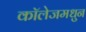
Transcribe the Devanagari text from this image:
कॉलेजमधुन